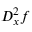
D _ { x } ^ { 2 } f